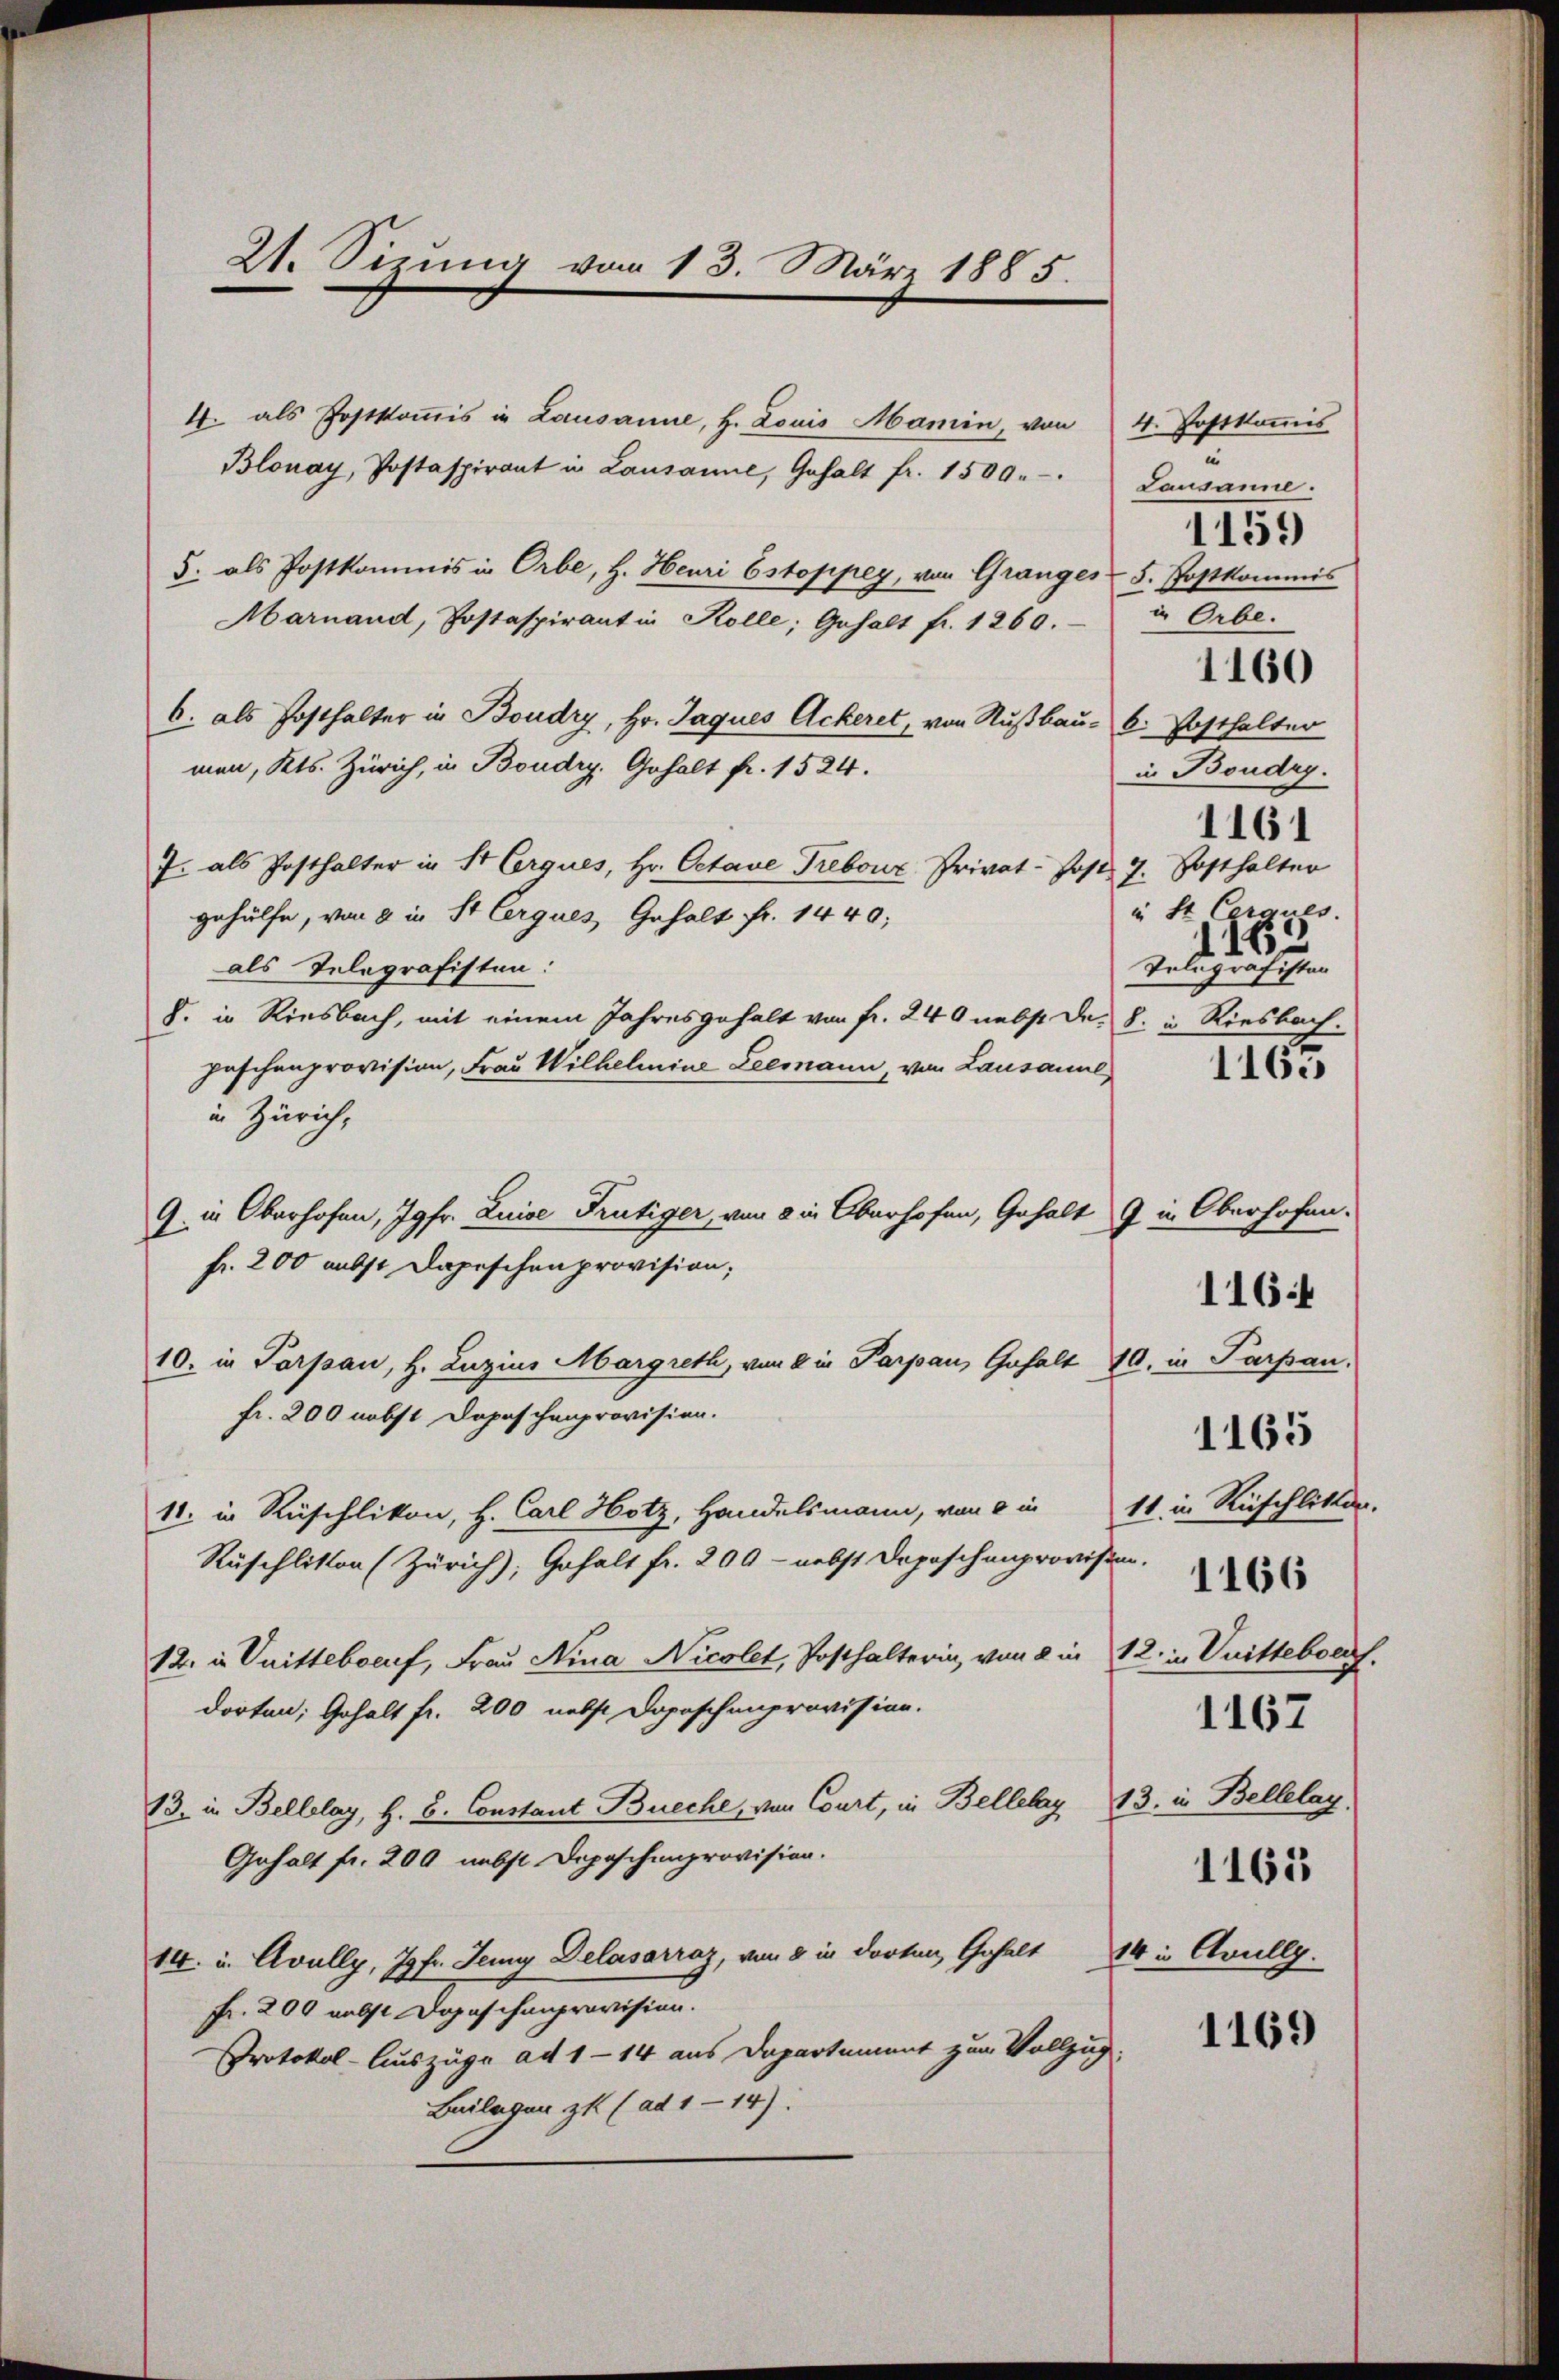
21. Sizung vom 13. März 1885.

4. als Postkommis in Lausanne, H. Louis Mamin, von
Blonay, Postaspirant in Lausanne, Gehalt fr. 1509. Lausanne.
5. als Postkommis in Orbe, H. Heuri Estoppey, von Granges 5. Postkommis
Marnaud, Postaspirant in Kolle; Gehalt fr. 1260.
6. als Posthalter in Boudry, Hr. Jaques Ackeret, von Nußbau- 6. Posthalter
men, Kts. Zürich, in Boudry. Gehalt fr. 1524.
7. als Posthalter in St. Corques, Hr. Octave Trebour, Privat-Post 7. Posthalter
gehülfe, von 2 in St. Cerques Gehalt fr. 1440;
als Telegrafisten:
8. in Riesbach, mit einem Jahresgehalt von fr. 240 nebst da. 8. in Riesbach.
Jaschenprovision, Frau Wilhelmine Leemann, von Lausanne
in Zürich,
G. in Oberhofen, Jgfr. Luise Frutiger, von 8 in Oberhofen, Gehalt 9 in Oberhofen.
fr. 200 nebst Depeschen provision;
10. in Porpan, H. Luzius Margreth, von 2 in Parpau, Gehalt 70. in Parpan.
fr. 200 nebst Depeschenprovision.
11. in Rüschlikon, H. Carl Hotz, Handelsmann, von 2 in
Rüschlitten (Zürich), Gehalt fr. 200 - nebst Depeschenprovisten.
12. in Vnittebocuf, Frau Nina Nicolet, Posthalterin, von 2 in 12. in Drittebocf.
dorten; Gehalt fr. 200 nebst Doposchenprovision.
13. in Bellolay, H. B. Constant Breche, von Court, in Bellelary 13. in Bellelay
Gehalt fr. 200 nebst Depeschenprovision.
14. u. Avully, Jgfr. Juny Delasarraz, von 8 in dorten Gehalt 14 in Avullg.
fr. 200 nebst Dopaschenprovision.
Protokol-Auszüge ad 1 - 14 aus Departement zum Vollzug.
Beilagen zu (ad 1—14).

4. Postkommis
1159
in Orbe.
in Boudry.
1161
in St. Cerques.
160
Tolografistan
1165

1160

11 in Ruschlitten.
1167
1165

116

1165

1166

1169